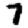
Digit: 7